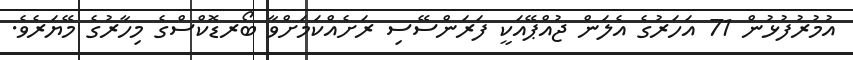
އުމުރުފުޅުން 71 އަހަރުގެ އެލަން ޖުއްޕޭއަކީ ފަރަންސޭސި ރަށެއްކަމަށްވާ ބޯރޑޮކްސްގެ މިހާރުގެ މޭޔަރެވެ.